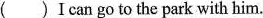
( )I can go to the park with him.